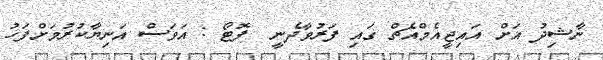
ނާޝިދު އަށް އައިޖީއެމްއެޗް ގައި ފަރުވާދެނީ  ފޮޓޯ : އަވަސް އަނިޔާކުރުމަށްފަހު